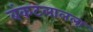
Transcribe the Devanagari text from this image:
बंकटलालला